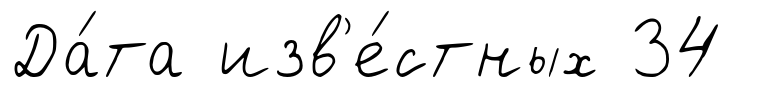
Да́та изв'е́стных 34